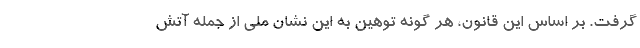
گرفت. بر اساس این قانون، هر گونه توهین به این نشان ملی از جمله آتش